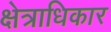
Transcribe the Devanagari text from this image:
क्ष्‍ोत्राधिकार